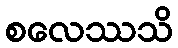
စလေဿသိ